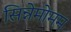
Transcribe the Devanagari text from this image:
सिन्नेमोमम